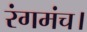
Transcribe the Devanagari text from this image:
रंगमंच।